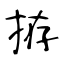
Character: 拵